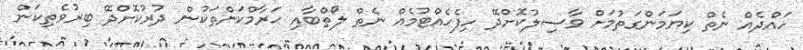
ހައްދެއް ނެތް ކިޔަމަންގަތުމަށް ވާޞިލުކޮށްދޭ ހިފެހެއްޓުމެއް ނެތް ލޯތްބާއި ޙަރާމްކަންތަކުން ދުރުކޮށްދޭ ބިރުވެތިކަން